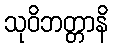
သုဝိဘတ္တာနိ